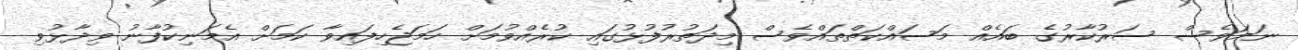
ނަމަވެސް ސަރުކާރުގެ ބައެއް މަސައްކަތްތައްވެސް މިދަތުރުފުޅުގައި ކުރެއްވުމަށް ހަމަޖެހިފައިވާ ކަމަށް އެމަނިކުފާނު ވިދާޅުވި